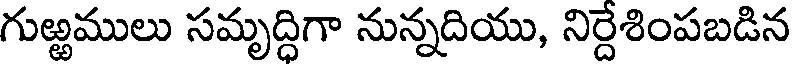
గుఱ్ఱములు సమృద్ధిగా నున్నదియు, నిర్దేశింపబడిన